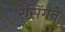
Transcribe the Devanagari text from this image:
रेसिंगने